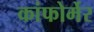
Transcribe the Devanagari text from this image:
कांफोर्मेर